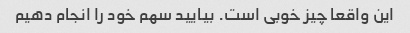
این واقعا چیز خوبی است. بیایید سهم خود را انجام دهیم